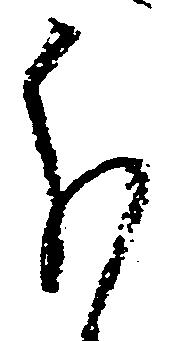
分